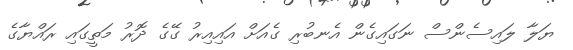
ޔަލާ ލައިސެންސް ނަގައިގެން އެނބުރި ގެއަށް އައިއިރު ގޭގެ ދޮރު މަތީގައި ރައްޔާގެ